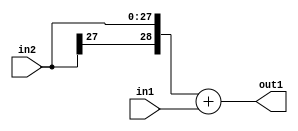
`timescale 1ps / 1ps
/*****************************************************************************
    Verilog RTL Description
    
    
    Created by: Stratus DpOpt 2019.1.01 
*******************************************************************************/

module GaussianFilter_Add_28Sx8U_29S_4 (
	in2,
	in1,
	out1
	); /* architecture "behavioural" */ 
input [27:0] in2;
input [7:0] in1;
output [28:0] out1;
wire [28:0] asc001;

assign asc001 = 
	+({in2[27], in2})
	+(in1);

assign out1 = asc001;
endmodule

/* CADENCE  ubP4QgA= : u9/ySgnWtBlWxVPRXgAZ4Og= ** DO NOT EDIT THIS LINE ******/